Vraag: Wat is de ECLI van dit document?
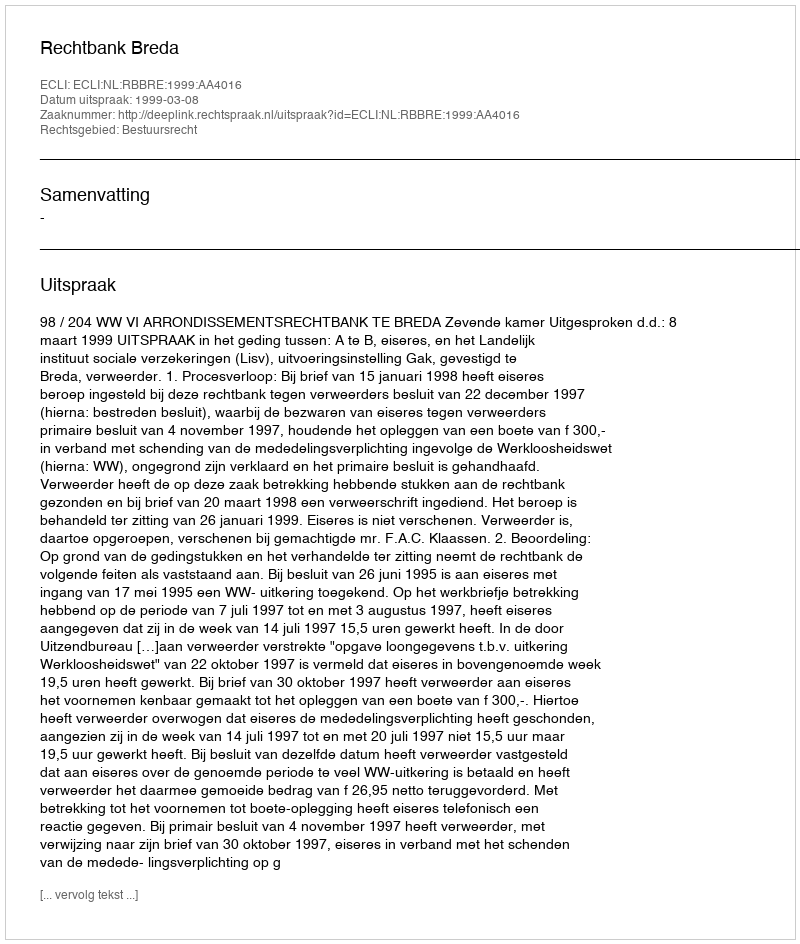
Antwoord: ECLI:NL:RBBRE:1999:AA4016